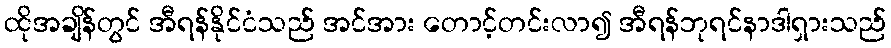
ထိုအချိန်တွင် အီရန်နိုင်ငံသည် အင်အား တောင့်တင်းလာ၍ အီရန်ဘုရင်နာဒါရှားသည်